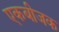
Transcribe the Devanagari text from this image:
एकबीजक